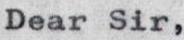
Dear Sir,